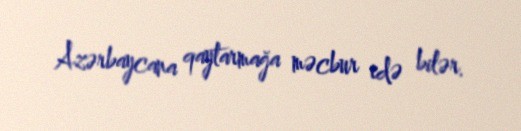
Azərbaycana qaytarmağa məcbur edə bilər.